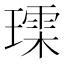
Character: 𮴳